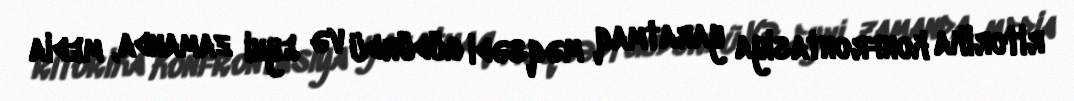
ritorika konfrontasiya yaratmaq məqsədi güdürdü və eyni zamanda, media